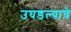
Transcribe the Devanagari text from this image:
उघडल्‍याचे